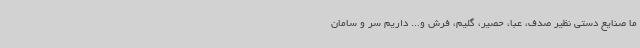
ما صنایع دستی نظیر صدف، عبا، حصیر، گلیم، فرش و... داریم سر و سامان